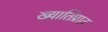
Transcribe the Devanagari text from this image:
ख्यातिप्रात